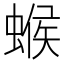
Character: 䗔